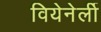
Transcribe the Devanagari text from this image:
वियेनेर्ली